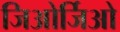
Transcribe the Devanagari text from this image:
जिओर्जिओ